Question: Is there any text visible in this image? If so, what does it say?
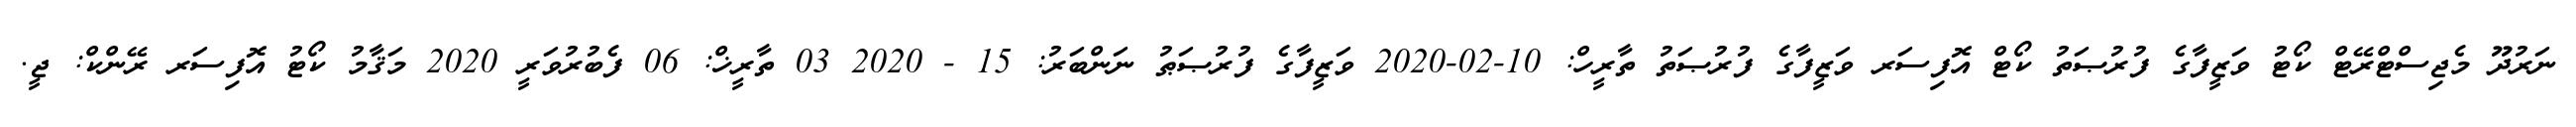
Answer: ނަރުދޫ މެޖިސްޓްރޭޓް ކޯޓު ވަޒީފާގެ ފުރުޞަތު ކޯޓް އޮފިސަރ ވަޒީފާގެ ފުރުޞަތު ތާރީހް: 10-02-2020 ވަޒީފާގެ ފުރުޞަޠު ނަންބަރު: 15 - 2020 03 ތާރީޚް: 06 ފެބުރުވަރީ 2020 މަޤާމު ކޯޓު އޮފިސަރ ރޭންކް: ޖީ.